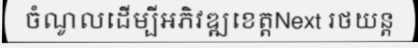
ចំណូលដើម្បីអភិវឌ្ឍខេត្តNext រថយន្ត